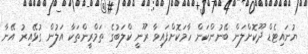
ޔުނައިޓެޑް ދޫކޮށްލަން ބޭނުންކަން ހާމަކޮށްފައިވާ ރޫނީ ކްލަބުގެ ތަމްރީންތަކާ އަލުން ގުޅޭއިރު އޭނާ